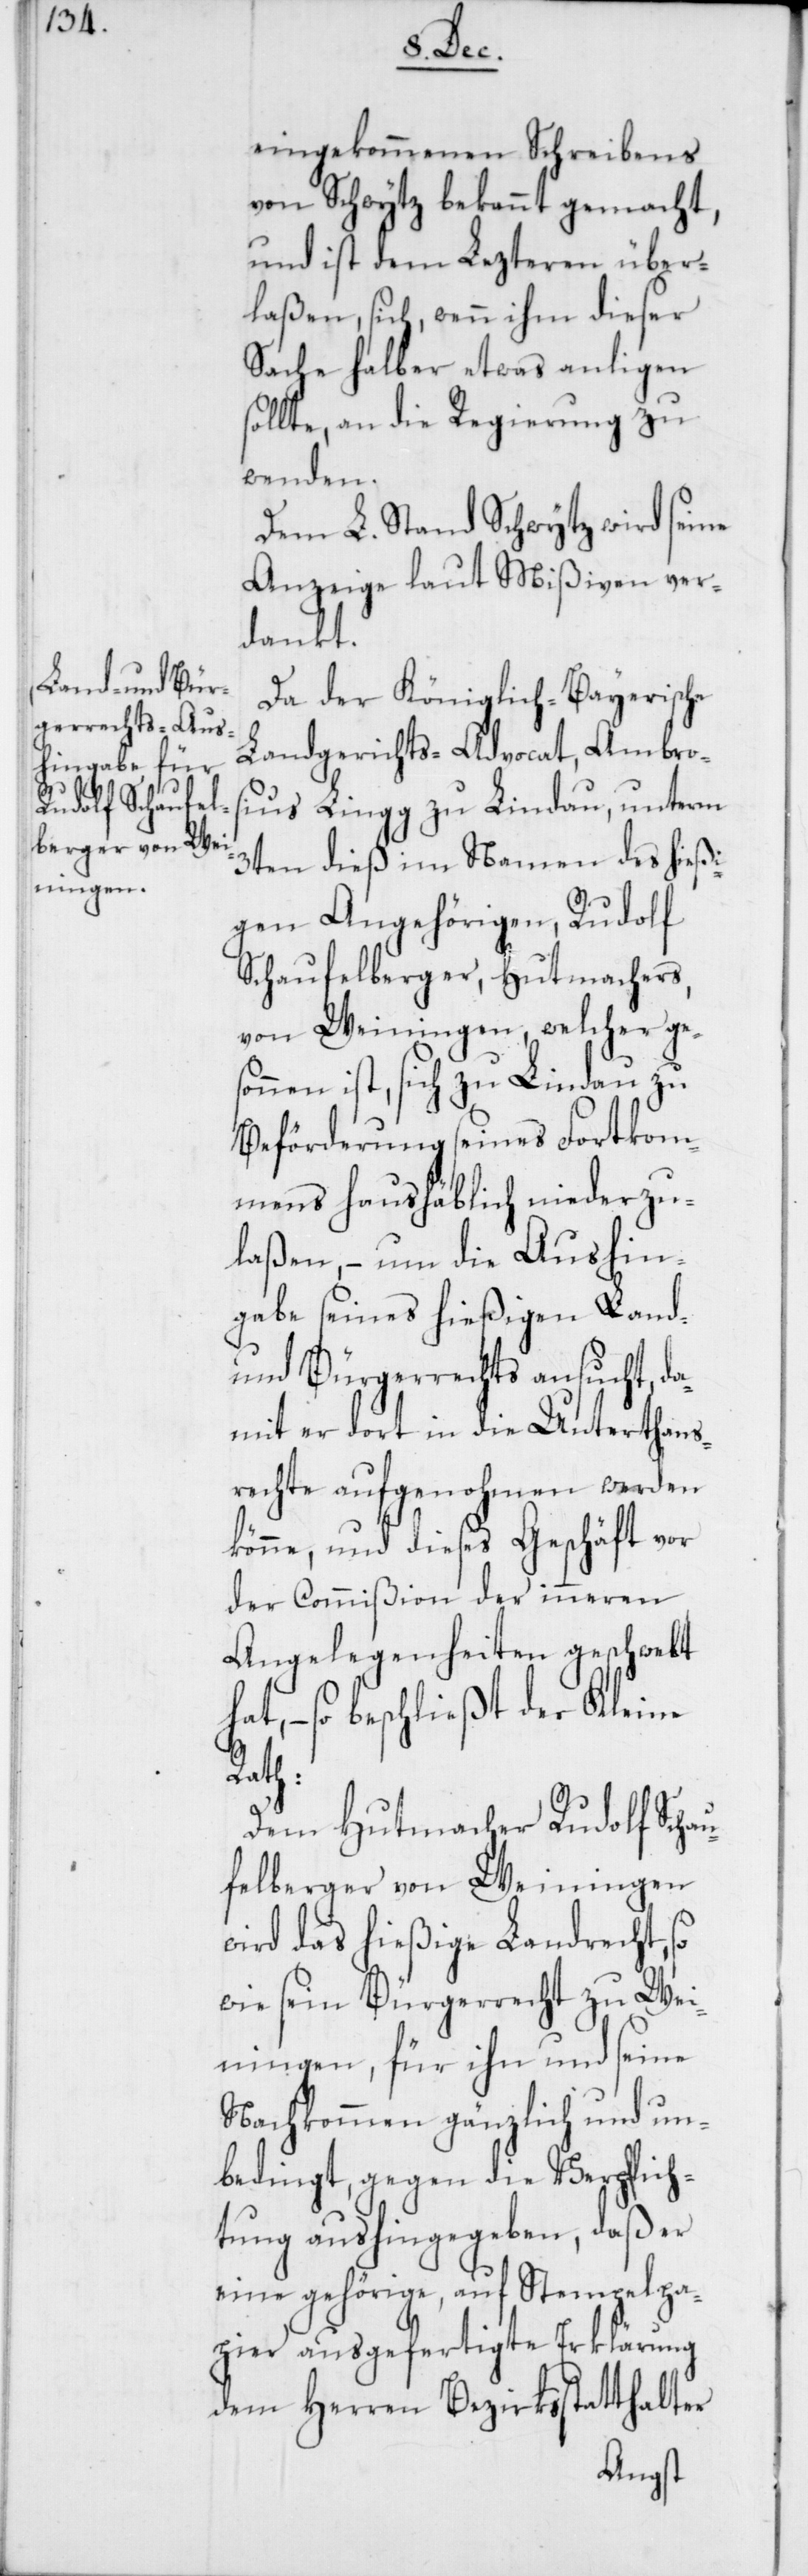
eingekommenen Schreibens
von Schwytz bekannt gemacht,
und ist dem Lezteren über¬
laßen, sich, wenn ihm dieser
Sache halber etwas anligen
sollte, an die Regierung zu
wenden.
Dem L. Stand Schwytz wird seine
Anzeige laut Mißiven ver¬
dankt.
Da der Königlich-Bayerische
Landgerichts-Advocat, Ambros¬
ius Lingg zu Lindau, unterm
3ten dieß im Namen des hießi¬
gen Angehörigen, Rudolf
Schaufelberger, Hutmachers,
von Weiningen, welcher ge¬
sonnen ist, sich zu Lindau zu
Beförderung seines Fortkom¬
mens haushäblich niederzu¬
laßen, – um die Aushin¬
gabe seines hießigen Land-
und Bürgerrechts ansucht, da¬
mit er dort in die Unterthans¬
rechte aufgenohmen werden
könne, und dieses Geschäft vor
der Commißion der inneren
Angelegenheiten geschwebt
hat, – so beschließt der Kleine
Rath:
Dem Hutmacher Rudolf Schau¬
felberger von Weiningen
wird das hießige Landrecht, so
wie sein Bürgerrecht zu Wei¬
ningen, für ihn und seine
Nachkommen gänzlich und un¬
bedingt, gegen die Verpflich¬
tung aushingegeben, daß er
eine gehörige, auf Stempelpa¬
pier ausgefertigte Erklärung
dem Herren Bezirksstatthalter